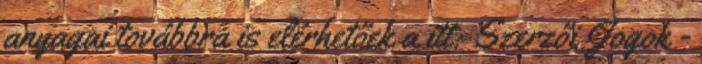
anyagai továbbra is elérhetőek a itt: Szerzői Jogok -